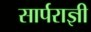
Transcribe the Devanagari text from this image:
सार्पराज्ञी